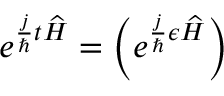
e ^ { \frac { j } { \hbar } t \widehat { H } } = \left( e ^ { \frac { j } { \hbar } \epsilon \widehat { H } } \right)